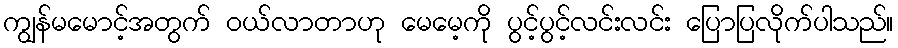
ကျွန်မမောင့်အတွက် ဝယ်လာတာဟု မေမေ့ကို ပွင့်ပွင့်လင်းလင်း ပြောပြလိုက်ပါသည်။